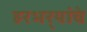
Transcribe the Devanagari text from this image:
हरभर्‍यांचे